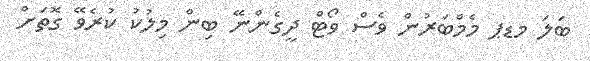
ބަލަ މޑޕ މެމްބަރުން ވެސް ވޯޓް ދީގެންނޭ ބިން މިލުކު ކުރެވޭ ގޮތަށް